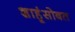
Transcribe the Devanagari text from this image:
शाहूंसोबत